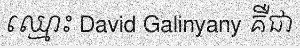
ឈ្មោះ David Galinyany គឺជា